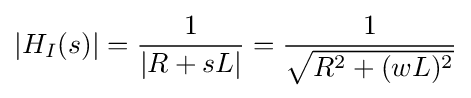
|H_{I}(s)|={\frac {1}{|R+sL|}}={\frac {1}{\sqrt {{R^{2}}+{(wL)^{2}}}}}